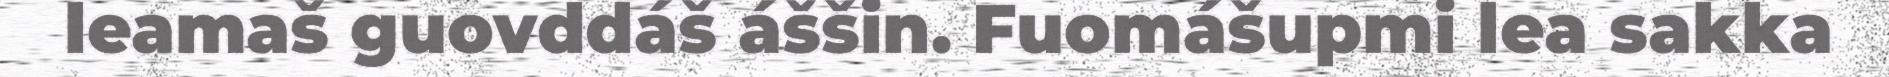
leamaš guovddáš áššin. Fuomášupmi lea sakka